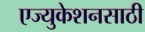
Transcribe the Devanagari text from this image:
एज्युकेशनसाठी